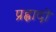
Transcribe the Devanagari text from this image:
प्रह्लादो